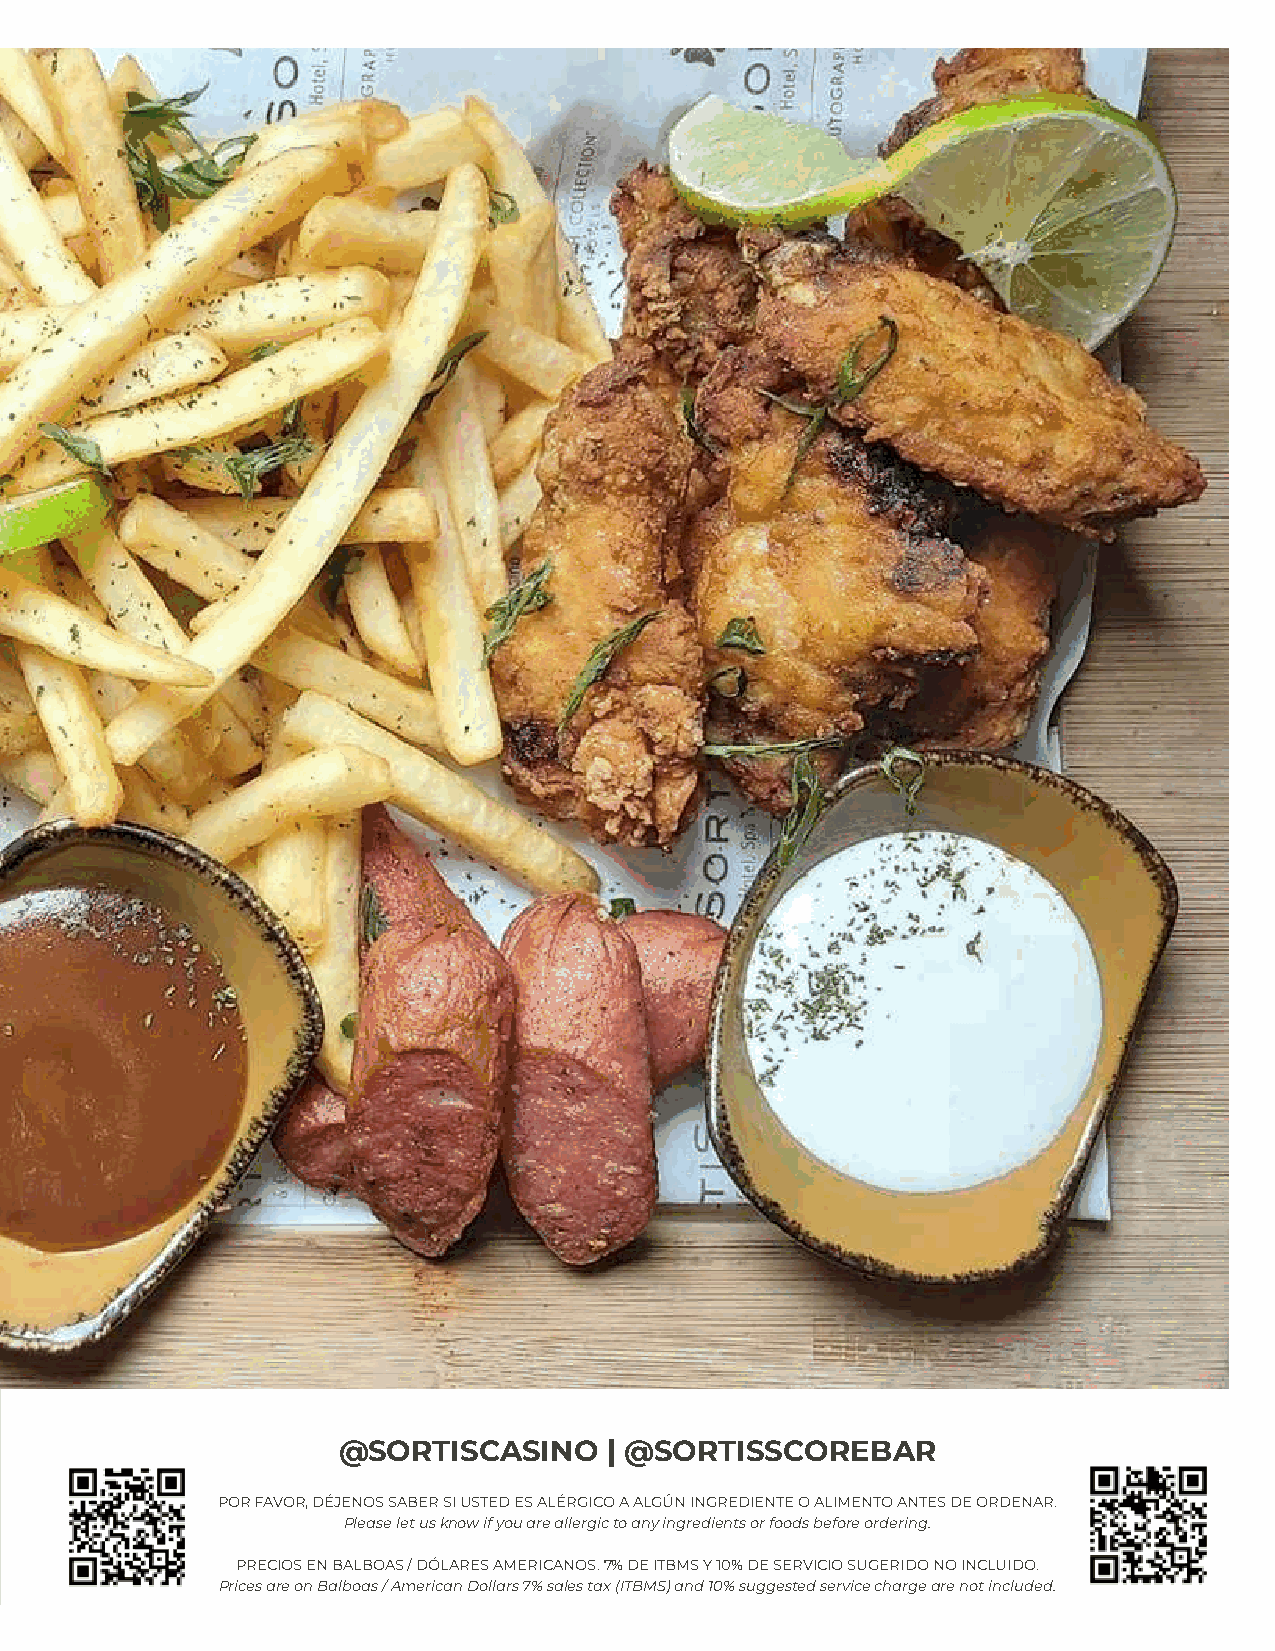
@SORTISCASINO     | @SORTISSCOREBAR
 POR FAVOR, DÉJENOS SABER SI USTED ES ALÉRGICO A ALGÚN INGREDIENTE O ALIMENTO ANTES DE ORDENAR.
 Please let us know if you are allergic to any ingredients or foods before ordering.
 PRECIOS EN BALBOAS / DÓLARES AMERICANOS. 7% DE ITBMS Y 10% DE SERVICIO SUGERIDO NO INCLUIDO.
 Prices are on Balboas / American Dollars 7% sales tax (ITBMS) and 10% suggested service charge are not included.